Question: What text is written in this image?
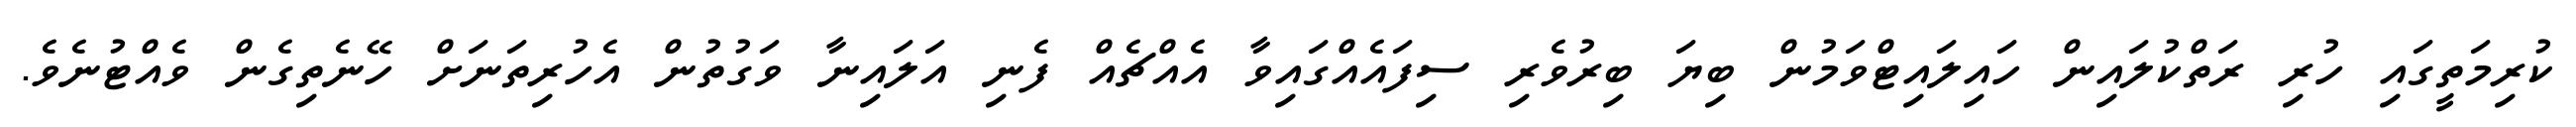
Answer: ކުރިމަތީގައި ހުރި ރަތްކުލައިން ހައިލައިޓްވަމުން ބިޔަ ބިރުވެރި ސިފައެއްގައިވާ އެއްޗެއް ފެނި އަލައިނާ ވަގުތުން އެހުރިތަނަށް ހޭނެތިގެން ވެއްޓުނެވެ.